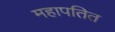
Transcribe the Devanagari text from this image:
महापतित